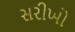
સરીખો